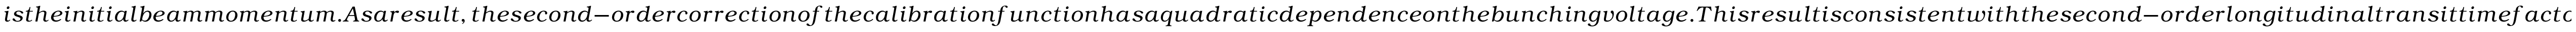
i s t h e i n i t i a l b e a m m o m e n t u m . A s a r e s u l t , t h e s e c o n d - o r d e r c o r r e c t i o n o f t h e c a l i b r a t i o n f u n c t i o n h a s a q u a d r a t i c d e p e n d e n c e o n t h e b u n c h i n g v o l t a g e . T h i s r e s u l t i s c o n s i s t e n t w i t h t h e s e c o n d - o r d e r l o n g i t u d i n a l t r a n s i t t i m e f a c t o r d e r i v e d i n R e f s . ~ f o r s l o w - m o v i n g i o n s (